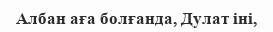
Албан аға болғанда, Дулат іні,